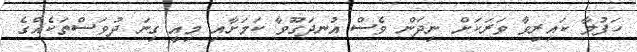
ހަފުލާ ކައިރިވާ ވަރަކަށް ނިދަން ވެސް އުނދަގޫވާ ކަމަށާއި މިއީ ގިނަ ދުވަސްތަކެއްގެ